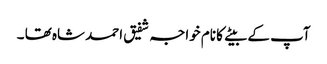
آپ کے بیتے کا نام خواجہ شفیق احمد شاہ تھا ۔